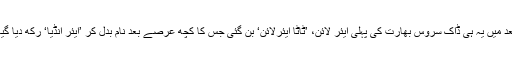
بعد میں یہ ہی ڈاک سروس بھارت کی پہلی ایئر لائن، ’ٹاٹا ایئرلائن‘ بن گئی جس کا کچھ عرصے بعد نام بدل کر ’ایئر انڈیا‘ رکھ دیا گیا۔